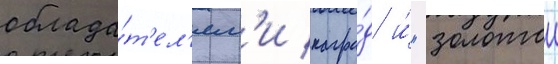
облада́т'ел'ям'и награ́д и́ "золотои